Leaving Certificate Examination (including Day School Certificate (Higher) General paper), 1933
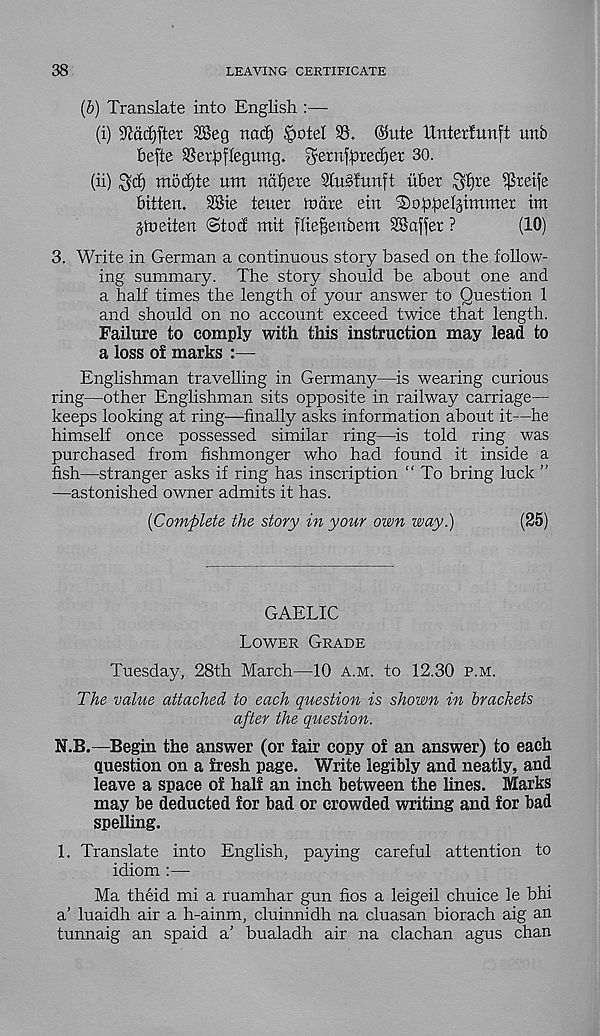
38
LEAVING CERTIFICATE
ib) Translate into English :—
(i) 9tdd)[ter 28eg nad) §otel 35. @ute Unterlunft unb
befte SSer^flegung. ^ernjpredjer 30.
(ii) ^d) mod)te um ndfiere SluSfnnft uber ^l)re ^reife
bitten. 3Ste teuer metre ein ®o£>;pel§tmmer im
jmeiten <Stod mit flieftenbem SSaffer ?
(10)
3. Write in German a continuous story based on the follow-
ing summary. The story should be about one and
a half times the length of your answer to Question 1
and should on no account exceed twice that length.
Failure to comply with this instruction may lead to
a loss of marks :—
Englishman travelling in Germany—is wearing curious
ring—other Englishman sits opposite in railway carriage—
keeps looking at ring—finally asks information about it—he
himself once possessed similar ring—is told ring was
purchased from fishmonger who had found it inside a
fish—stranger asks if ring has inscription “ To bring luck ”
—astonished owner admits it has.
{Complete the story in your own way.)
(25)
GAELIC
Lower Grade
Tuesday, 28th March—10 a.m. to 12.30 p.m.
The value attached to each question is shown in brackets
after the question.
N.B.—Begin the answer (or fair copy of an answer) to each
question on a fresh page. Write legibly and neatly, and
leave a space of half an inch between the lines. Marks
may be deducted for bad or crowded writing and for bad
spelling.
1. Translate into English, paying careful attention to
idiom :—
Ma theid mi a ruamhar gun fios a leigeil chuice le bhi
a’ luaidh air a h-ainm, cluinnidh na cluasan biorach aig an
tunnaig an spaid a’ bualadh air na clachan agus chan